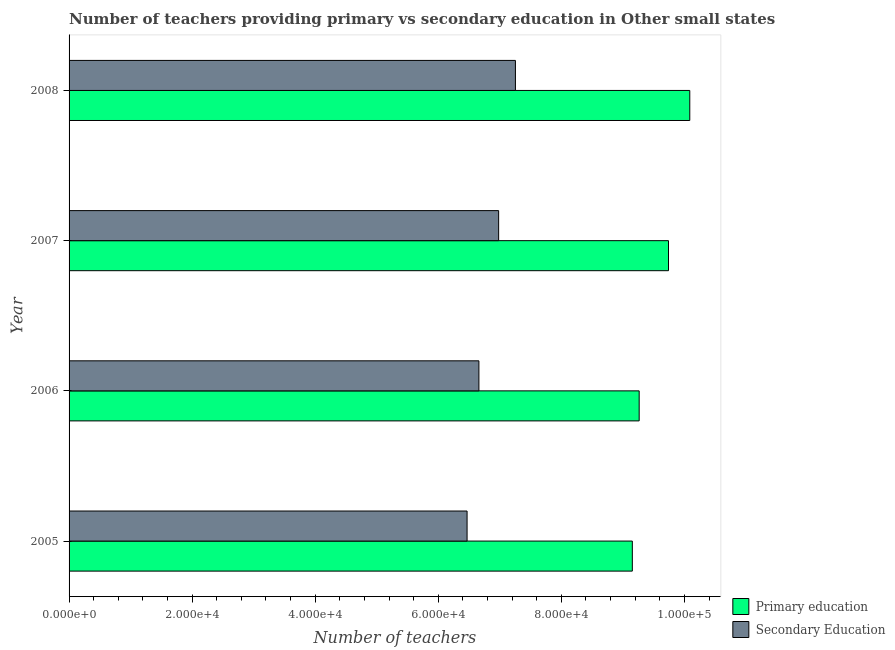
| Year | Primary education | Secondary Education |
 | --- | --- | --- |
 | 2005 | 9.15e+04 | 6.47e+04 |
 | 2006 | 9.26e+04 | 6.66e+04 |
 | 2007 | 9.74e+04 | 6.98e+04 |
 | 2008 | 1.01e+05 | 7.25e+04 |